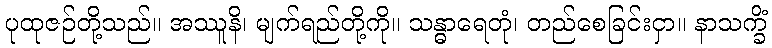
ပုထုဇဉ်တို့သည်။ အဿူနိ၊ မျက်ရည်တို့ကို။ သန္ဓာရေတုံ၊ တည်စေခြင်းငှာ။ နာသက္ခိံ